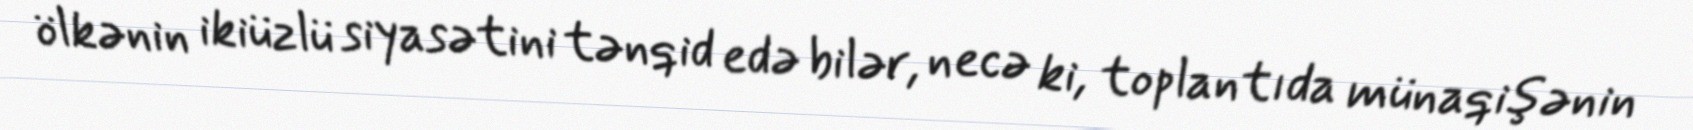
ölkənin ikiüzlü siyasətini tənqid edə bilər, necə ki, toplantıda münaqişənin